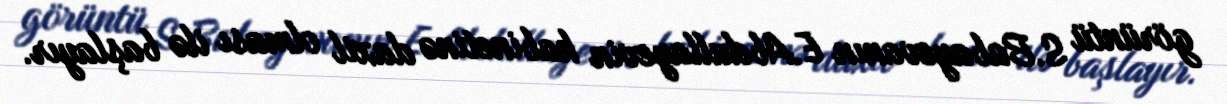
görüntü S.Babayevanın E.Abdullayevin kabinetinə daxil olması ilə başlayır.